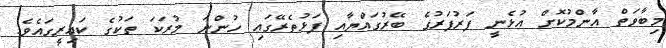
މިބާވަތް އާންމުކޮށް އުޅެނީ ފަރުފަރުގެ ބޭރުގައްޔާއި ފަޅުތެރޭގައި ހުންނަ މުރަކަ ތަކުގެ ކައިރީގައެވެ.